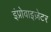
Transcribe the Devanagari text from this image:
इंप्रोवाइज़ेटर